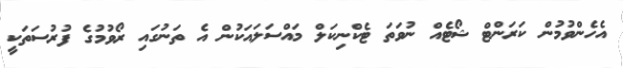
އެހެންވުމުން ކަރަންޓް ޝޯޓެއް ނުވަތަ ޓެކްނިކަލް މައްސަލައަކުން އެ ތަނުގައި ރޯވުމުގެ ފުރުސަތަކީ